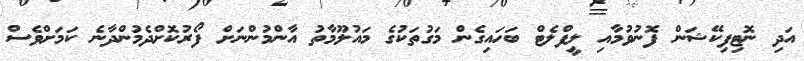
އަދި ނޮޓިފިކޭޝަން ފޮނުވުމާއި ލީފްލެޓް ބަހައިގެން މަގުތަކުގެ މައުލޫމާތު އާންމުންނަށް ފޯރުކޮށްދެމުންދާނެ ކަމަށްވެސް